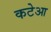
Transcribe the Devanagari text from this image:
कटेआ